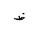
Letter: _za